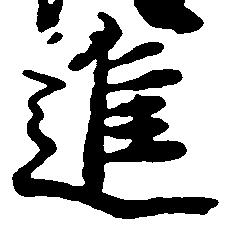
進